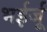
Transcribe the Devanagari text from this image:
भईर्जू